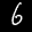
Label: 6